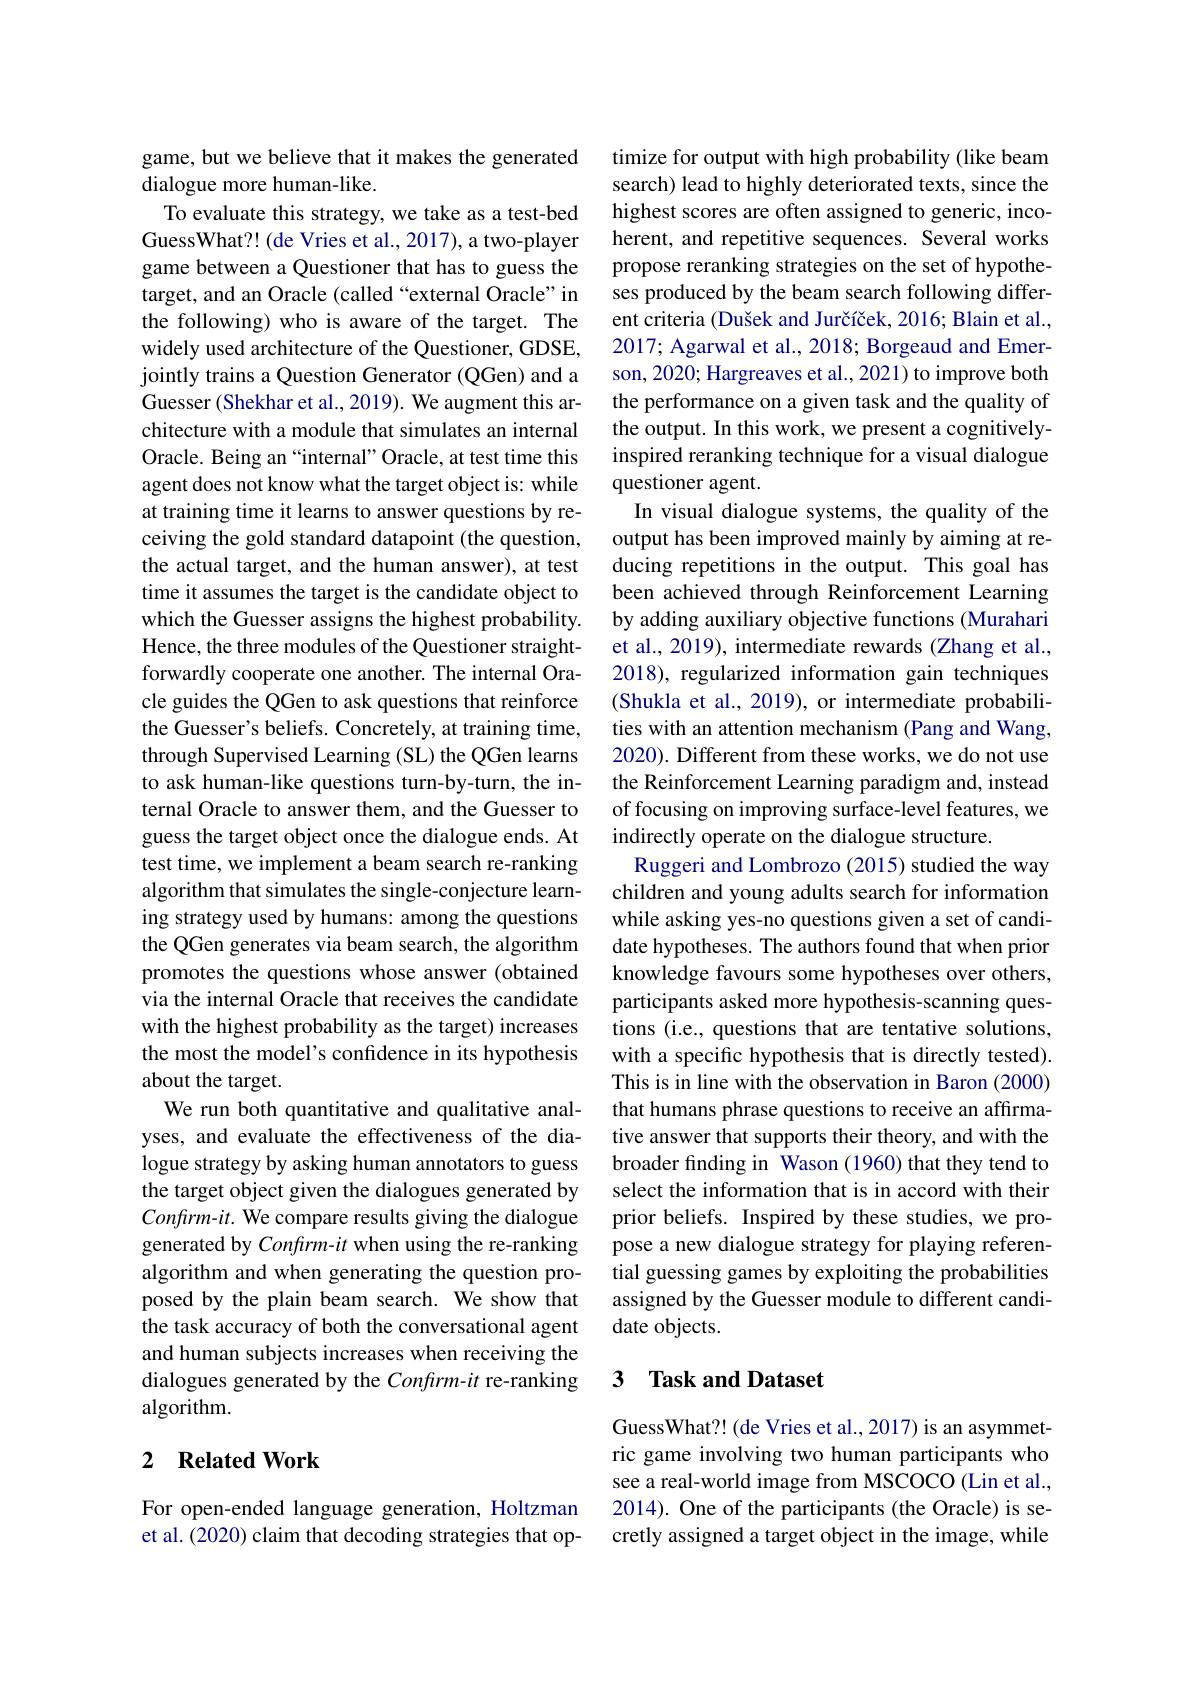
game, but we believe that it makes the generated
dialogue more human-like.
To evaluate this strategy, we take as a test-bed GuessWhat?! (de Vries et al., 2017), a two-player game between a Questioner that has to guess the target, and an Oracle (called “external Oracle”in the following) who is aware of the target. The widely used architecture of the Questioner, GDSE, jointly trains a Question Generator (QGen) and a Guesser (Shekhar et al., 2019). We augment this architecture with a module that simulates an internal Oracle. Being an“internal”Oracle, at test time this agent does not know what the target object is: while at training time it learns to answer questions by receiving the gold standard datapoint (the question, the actual target, and the human answer), at test time it assumes the target is the candidate object to which the Guesser assigns the highest probability. Hence, the three modules of the Questioner straightforwardly cooperate one another. The internal Oracle guides the QGen to ask questions that reinforce the Guesser's beliefs. Concretely, at training time, through Supervised Learning (SL) the QGen learns to ask human-like questions turn-by-turn, the internal Oracle to answer them, and the Guesser to guess the target object once the dialogue ends. At test time, we implement a beam search re-ranking algorithm that simulates the single-conjecture learning strategy used by humans: among the questions the QGen generates via beam search, the algorithm promotes the questions whose answer (obtained via the internal Oracle that receives the candidate with the highest probability as the target) increases the most the model's confidence in its hypothesis about the target.
We run both quantitative and qualitative analyses, and evaluate the effectiveness of the dialogue strategy by asking human annotators to guess the target object given the dialogues generated by Confirm-it. We compare results giving the dialogue generated by Confrm-it when using the re-ranking algorithm and when generating the question proposed by the plain beam search. We show that the task accuracy of both the conversational agent and human subjects increases when receiving the dialogues generated by the Confirm-it re-ranking algorithm.

### 2 $\textbf{Related Work}$

For open-ended language generation, Holtzman et al. (2020) claim that decoding strategies that op-

timize for output with high probability (like beam search) lead to highly deteriorated texts, since the highest scores are often assigned to generic, incoherent, and repetitive sequences. Several works propose reranking strategies on the set of hypotheses produced by the beam search following different criteria (Dušek and Jurčíček, 2016; Blain et al., 2017; Agarwal et al., 2018; Borgeaud and Emerson, 2020; Hargreaves et al., 2021) to improve both the performance on a given task and the quality of the output. In this work, we present a cognitivelyinspired reranking technique for a visual dialogue questioner agent.
In visual dialogue systems, the quality of the output has been improved mainly by aiming at reducing repetitions in the output. This goal has been achieved through Reinforcement Learning by adding auxiliary objective functions (Murahari et al., 2019), intermediate rewards (Zhang et al., 2018), regularized information gain techniques ( Shukla et al., 2019), or intermediate probabilities with an attention mechanism (Pang and Wang, 2020). Different from these works, we do not use the Reinforcement Learning paradigm and, instead of focusing on improving surface-level features, we indirectly operate on the dialogue structure.
Ruggeri and Lombrozo (2015) studied the way children and young adults search for information while asking yes-no questions given a set of candidate hypotheses. The authors found that when prior knowledge favours some hypotheses over others, participants asked more hypothesis-scanning questions (i.e., questions that are tentative solutions, with a specific hypothesis that is directly tested). This is in line with the observation in Baron (2000) that humans phrase questions to receive an affirmative answer that supports their theory, and with the broader finding in Wason (1960) that they tend to select the information that is in accord with their prior beliefs. Inspired by these studies, we propose a new dialogue strategy for playing referential guessing games by exploiting the probabilities assigned by the Guesser module to different candidate objects.

## 3 Task and Dataset

GuessWhat?! (de Vries et al., 2017) is an asymmetric game involving two human participants who see a real-world image from MSCOCO (Lin et al., 2014). One of the participants (the Oracle) is secretly assigned a target object in the image, while